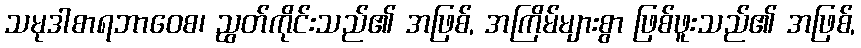
သမုဒါစာရဘာဝေစ၊ ညွတ်ကိုင်းသည်၏ အဖြစ်, အကြိမ်များစွာ ဖြစ်ဖူးသည်၏ အဖြစ်,